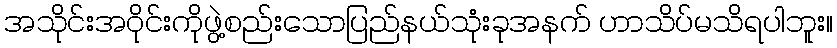
အသိုင်းအဝိုင်းကိုဖွဲ့စည်းသောပြည်နယ်သုံးခုအနက် ဟာသိပ်မသိရပါဘူး။